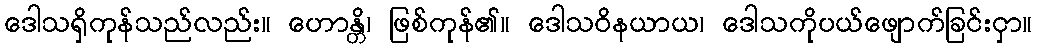
ဒေါသရှိကုန်သည်လည်း။ ဟောန္တိ၊ ဖြစ်ကုန်၏။ ဒေါသဝိနယာယ၊ ဒေါသကိုပယ်ဖျောက်ခြင်းငှာ။